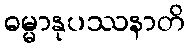
ဓမ္မာနုပဿနာတိ